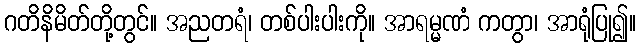
ဂတိနိမိတ်တို့တွင်။ အညတရံ၊ တစ်ပါးပါးကို။ အာရမ္မဏံ ကတွာ၊ အာရုံပြု၍။